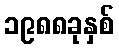
၁၉၈၈ခုနှစ်